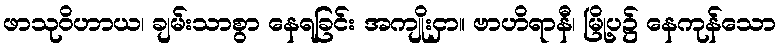
ဖာသုဝိဟာယ၊ ချမ်းသာစွာ နေရခြင်း အကျိုးငှာ။ ဗာဟိရာနီ၊ မြို့ပ၌ နေကုန်သော